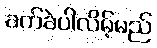
ခက်ခဲပါလိမ့်မည်